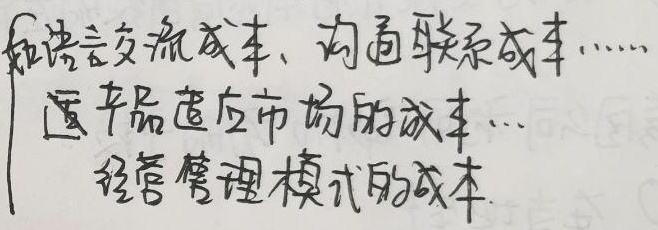
如语言交流成本、沟通联系成本……产品适应市场的成本…经营管理模式的成本